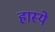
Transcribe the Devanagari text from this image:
हास्ये